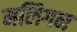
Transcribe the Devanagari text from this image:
मलिगन